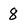
Character: 8